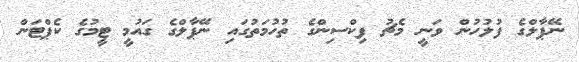
ނޭޕާލްގެ ފުލުހުން ވަނީ މެޗު ފިކްސިންގެ ތުހުމަތުގައި ނޭޕާލްގެ ގައުމީ ޓީމުގެ ކެޕްޓަން